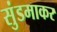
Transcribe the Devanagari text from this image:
सुंडमाकर